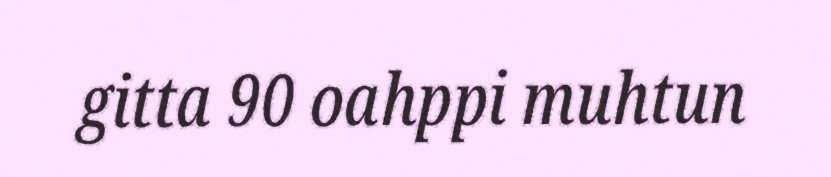
gitta 90 oahppi muhtun